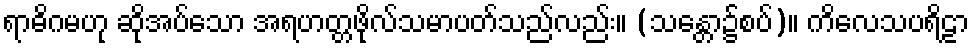
ရာဓိဂမဟု ဆိုအပ်သော အရဟတ္တဖိုလ်သမာပတ်သည်လည်း။ (သန္တော၌စပ်)။ ကိလေသပရိဠာ